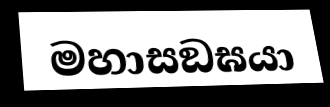
මහාසඞඝයා